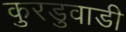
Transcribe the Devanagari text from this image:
कुरडुवाडी